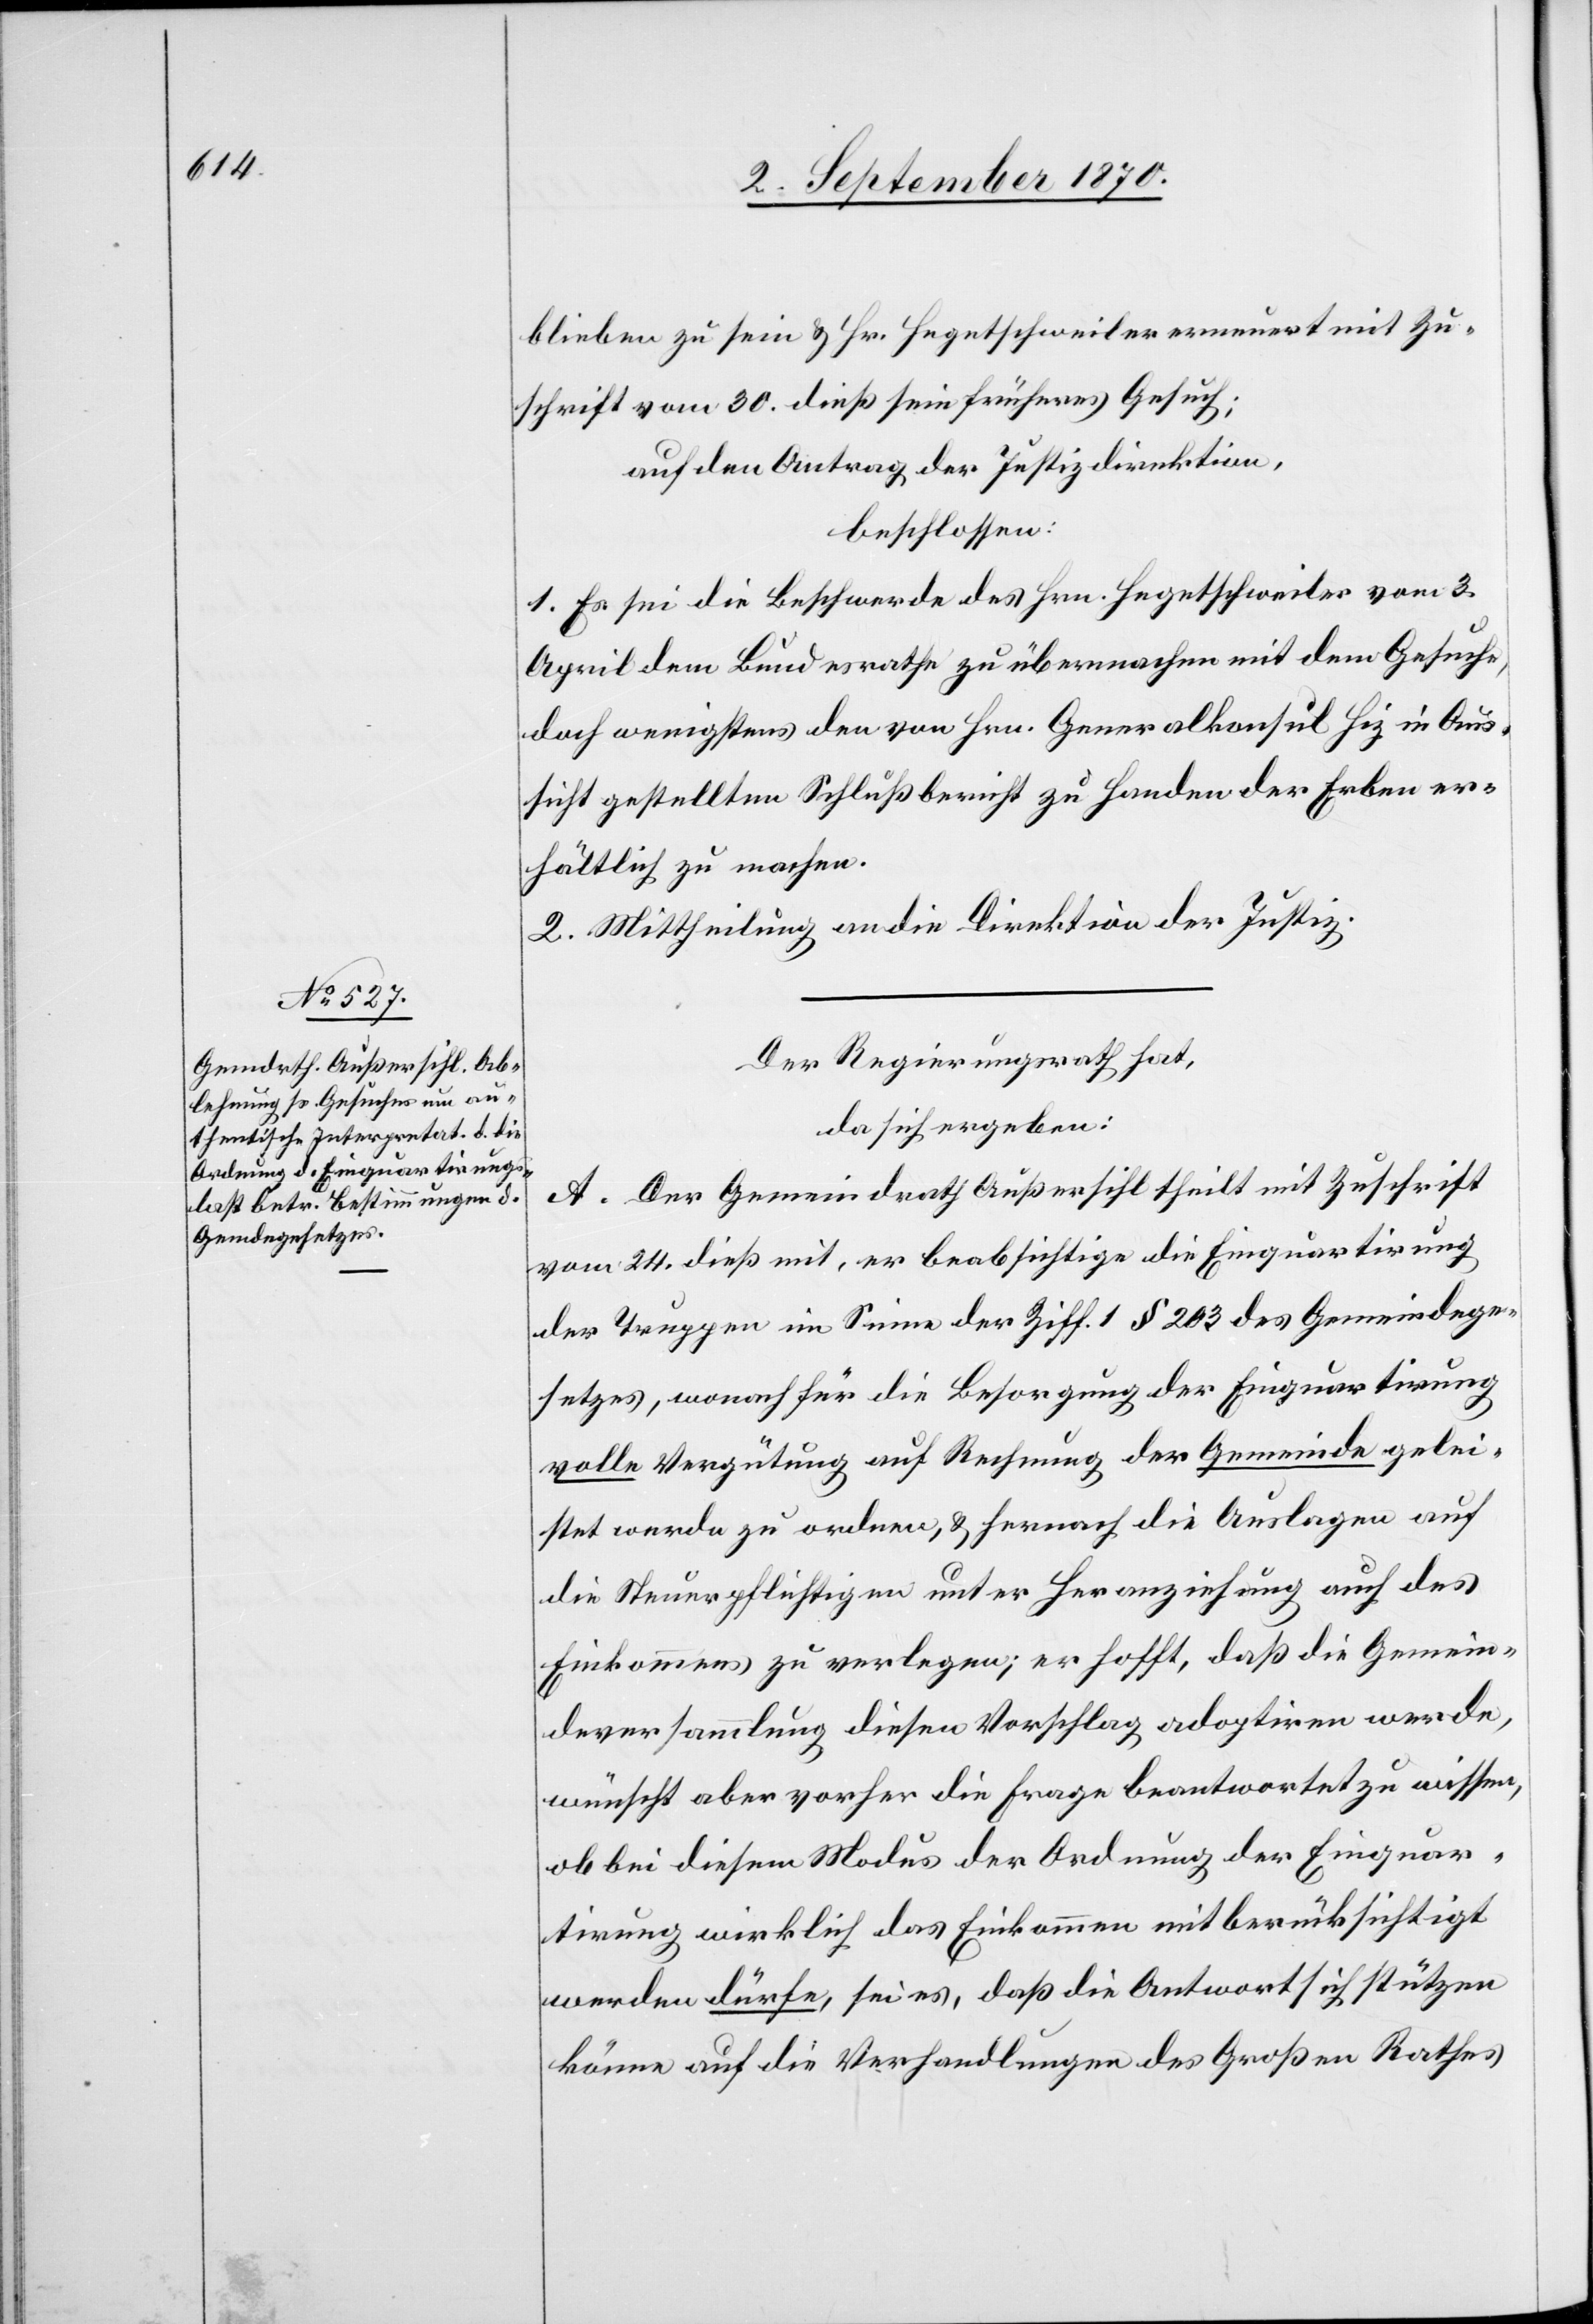
blieben zu sein & Hr. Hegetschweiler erneuert mit Zu¬
schrift vom 30. dieß sein früheres Gesuch;
auf den Antrag der Justizdirektion,
beschlossen:
1. Es sei die Beschwerde des Hrn. Hegetschweiler vom 3.
April dem Bundesrathe zu übermachen mit dem Gesuche,
doch wenigstens den von Hrn. Generalkonsul Hiz [recte:
Aussicht gestellten Schlußbericht zu Handen der Erben er¬
hältlich zu machen.
2. Mittheilung an die Direktion der Justiz.
Der Regierungsrath hat,
da sich ergeben:
A. Der Gemeindrath Außersihl theilt mit Zuschrift
vom 24. dieß mit, er beabsichtige die Einquartirung
der Truppen im Sinne der Ziff. 1 § 203 des Gemeindege¬
setzes, wonach für die Besorgung der Einquartirung
volle Vergütung auf Rechnung der Gemeinde gelei¬
stet werde zu ordnen, & hernach die Auslagen auf
die Steuerpflichtigen unter Heranziehung auch des
Einkommens zu verlegen; er hofft, daß die Gemein¬
deversammlung diesen Vorschlag adoptiren werde,
wünscht aber vorher die Frage beantwortet zu wissen,
ob bei diesem Modus der Ordnung der Einquar¬
tirung wirklich das Einkommen mit berücksichtigt
werden dürfe, sei es, daß die Antwort sich stützen
könne auf die Verhandlungen des Großen Rathes